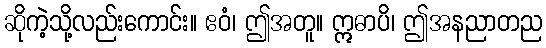
ဆိုကဲ့သို့လည်းကောင်း။ ဧဝံ၊ ဤအတူ။ ဣဓာပိ၊ ဤအနညာတည